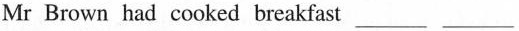
Mr Brown had cooked breakfast --- ---